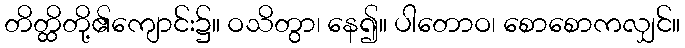
တိတ္ထိတို့၏ကျောင်း၌။ ဝသိတွာ၊ နေ၍။ ပါတောဝ၊ စောစောကလျှင်။